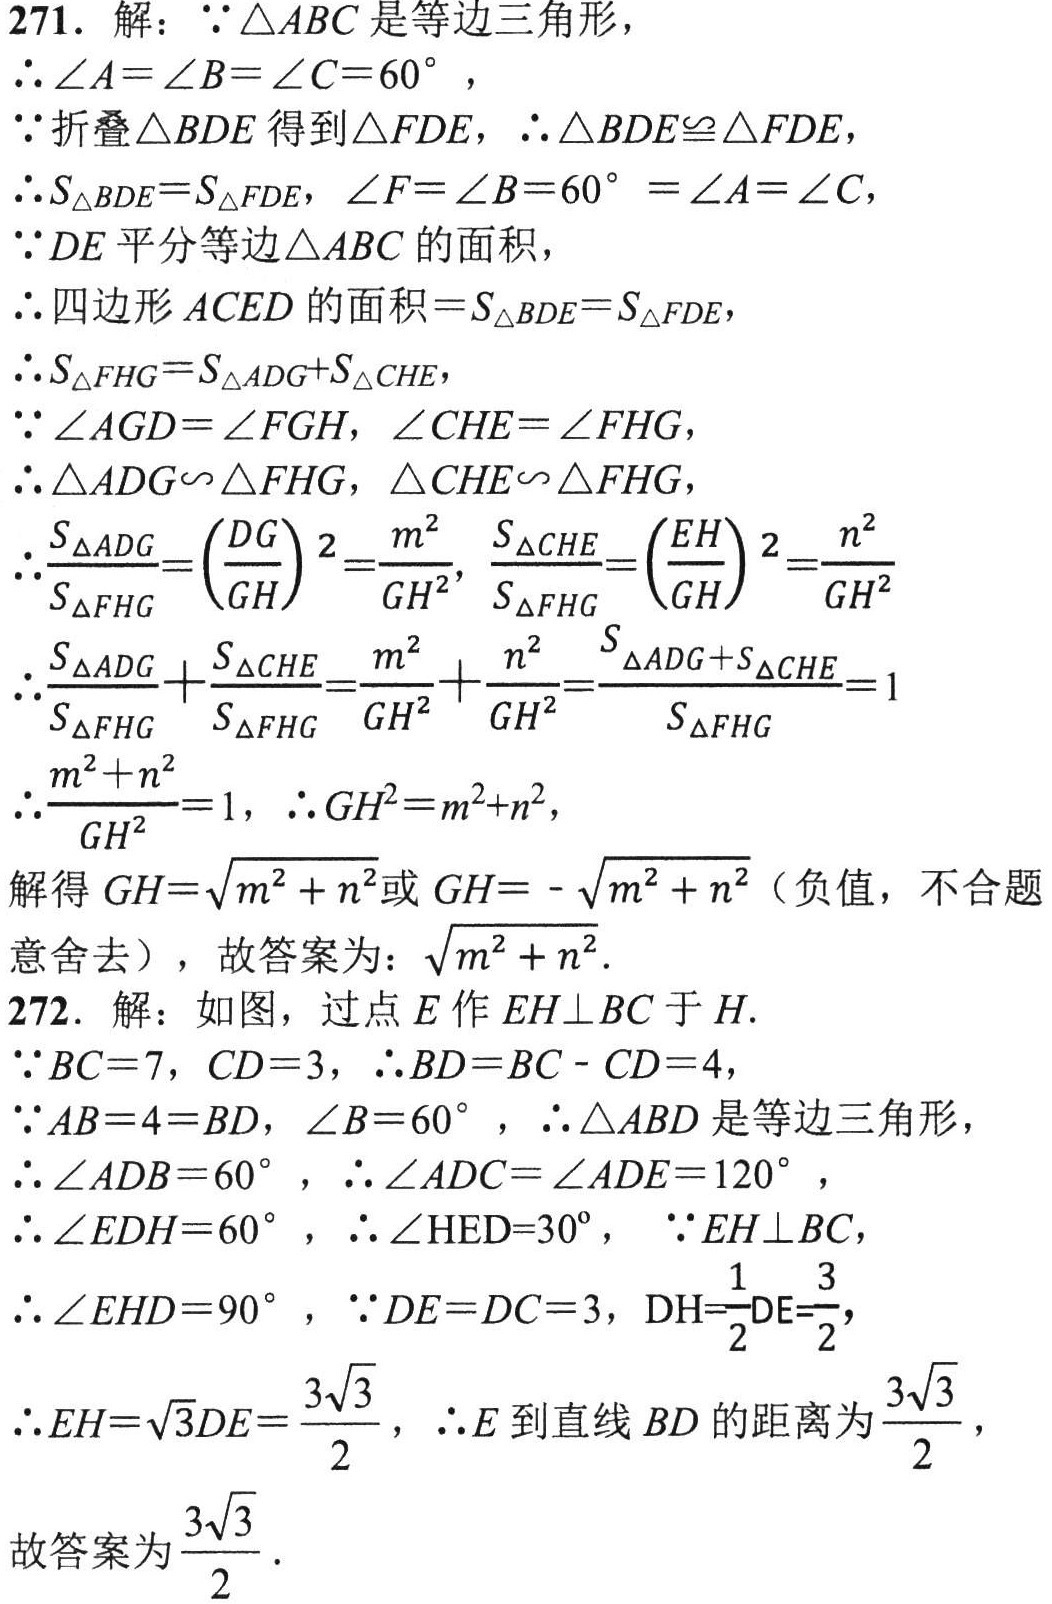
271. 解：
\(\because \triangle ABC\) 是等边三角形，
\(\therefore \angle A = \angle B = \angle C = 60^{\circ}\)，
\(\because\) 折叠 \(\triangle BDE\) 得到 \(\triangle FDE\)，\(\therefore \triangle BDE\cong \triangle FDE\)，
\(\therefore S_{\triangle BDE}=S_{\triangle FDE}\)，\(\angle F = \angle B = 60^{\circ} = \angle A = \angle C\)，
\(\because DE\) 平分等边 \(\triangle ABC\) 的面积，
\(\therefore\) 四边形 \(ACED\) 的面积 \(=S_{\triangle BDE}=S_{\triangle FDE}\)，
\(\therefore S_{\triangle FHG}=S_{\triangle ADG}+S_{\triangle CHE}\)，
\(\because \angle AGD = \angle FGH\)，\(\angle CHE = \angle FHG\)，
\(\therefore \triangle ADG\sim \triangle FHG\)，\(\triangle CHE\sim \triangle FHG\)，
\(\therefore \frac{S_{\triangle ADG}}{S_{\triangle FHG}}=\left(\frac{DG}{GH}\right)^{2}=\frac{m^{2}}{GH^{2}}\)，\(\frac{S_{\triangle CHE}}{S_{\triangle FHG}}=\left(\frac{EH}{GH}\right)^{2}=\frac{n^{2}}{GH^{2}}\)
\(\therefore \frac{S_{\triangle ADG}}{S_{\triangle FHG}}+\frac{S_{\triangle CHE}}{S_{\triangle FHG}}=\frac{m^{2}}{GH^{2}}+\frac{n^{2}}{GH^{2}}=\frac{S_{\triangle ADG}+S_{\triangle CHE}}{S_{\triangle FHG}} = 1\)
\(\therefore \frac{m^{2}+n^{2}}{GH^{2}} = 1\)，\(\therefore GH^{2}=m^{2}+n^{2}\)，
解得 \(GH=\sqrt{m^{2}+n^{2}}\) 或 \(GH = -\sqrt{m^{2}+n^{2}}\)（负值，不合题意舍去），故答案为：\(\sqrt{m^{2}+n^{2}}\)．
272. 解：如图，过点 \(E\) 作 \(EH\perp BC\) 于 \(H\)．
\(\because BC = 7\)，\(CD = 3\)，\(\therefore BD = BC - CD = 4\)，
\(\because AB = 4 = BD\)，\(\angle B = 60^{\circ}\)，\(\therefore \triangle ABD\) 是等边三角形，
\(\therefore \angle ADB = 60^{\circ}\)，\(\therefore \angle ADC = \angle ADE = 120^{\circ}\)，
\(\therefore \angle EDH = 60^{\circ}\)，\(\therefore \angle HED = 30^{\circ}\)，\(\because EH\perp BC\)，
\(\therefore \angle EHD = 90^{\circ}\)，\(\because DE = DC = 3\)，\(DH=\frac{1}{2}DE=\frac{3}{2}\)，
\(\therefore EH=\sqrt{3}DE=\frac{3\sqrt{3}}{2}\)，\(\therefore E\) 到直线 \(BD\) 的距离为 \(\frac{3\sqrt{3}}{2}\)，
故答案为 \(\frac{3\sqrt{3}}{2}\)．